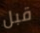
قبل